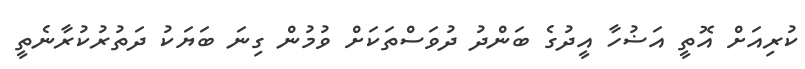
ކުރިއަށް އޮތީ އަޟުހާ އީދުގެ ބަންދު ދުވަސްތަކަށް ވުމުން ގިނަ ބަޔަކު ދަތުރުކުރާނެތީ